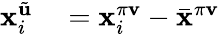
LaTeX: \begin{array}{rl}{\mathbf{x}_{i}^{\tilde{\mathbf{u}}}}&{{}=\mathbf{x}_{i}^{\pi\mathbf{v}}-\bar{\mathbf{x}}^{\pi\mathbf{v}}}\end{array}